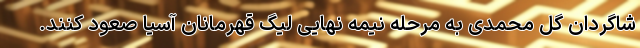
شاگردان گل محمدی به مرحله نیمه نهایی لیگ قهرمانان آسیا صعود کنند.